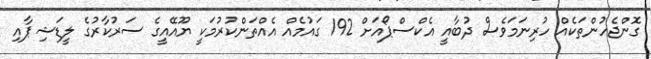
ގޮންޖެހުންތަކެއް ހުރިނަމަވެސް ދުބާއީ އެކްސްޕޯއަށް 192 ގައުމެއް އެއްތަންކުރުމަކީ ޔޫއޭއީގެ ސަރުކާރުގެ ލީޑަޝިޕާއި